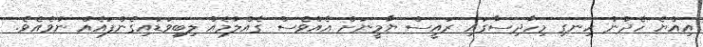
އިއްޔެ ހެދުނު ހިނގި މިހާދިސާގައި ރައީސް ޔާމީނަށް އެއްވެސް ގެއްލުމެއް ލިބިވަޑައިގެންފައެއް ނުވެއެވެ.